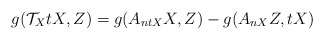
\begin{align*}g(\mathcal{T}_{X}tX, Z)=g(A_{ntX}X, Z)-g(A_{nX}Z, tX)\end{align*}